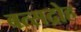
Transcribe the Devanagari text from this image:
बत्सद्रोह